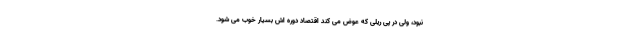
نبود، ولی در پی ریلی که عوض می کند اقتصاد دوره اش بسیار خوب می شود.